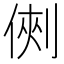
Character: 𠋙